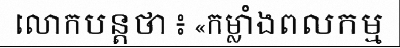
លោកបន្តថា ៖ «កម្លាំងពលកម្ម